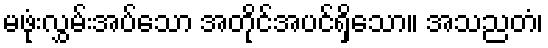
မဖုံးလွှမ်းအပ်သော အတိုင်အပင်ရှိသော။ အသညတံ၊